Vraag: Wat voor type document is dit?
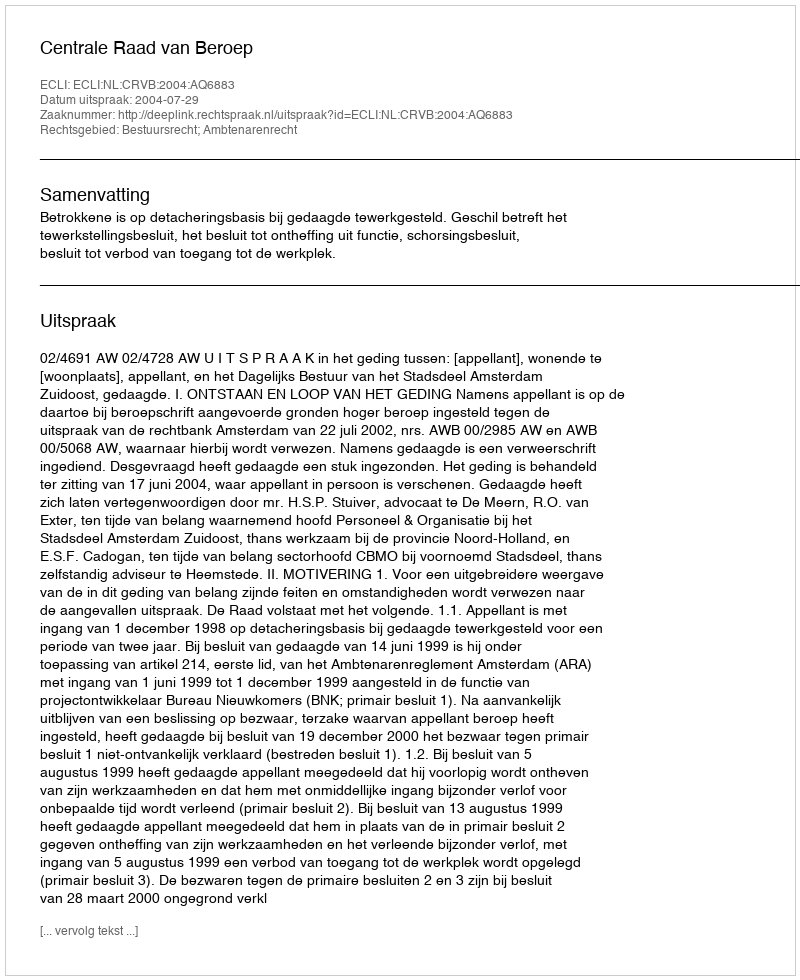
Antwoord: Uitspraak